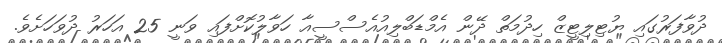
ދުވާފަރުގައި ޔުޓިލިޓީޒް ހިދުމަތް ދޭން އެމްޑަބްލިއުއެސްސީއާ ހަވާލުކޮށްފައި ވަނީ 25 އަހަރު ދުވަހަށެވެ.